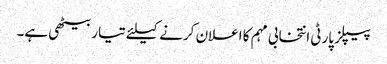
پیپلز پارٹی انتخابی مہم کا اعلان کرنے کیلئے تیار بیٹھی ہے۔